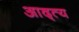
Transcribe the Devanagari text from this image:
आद्त्य